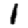
Digit: 1